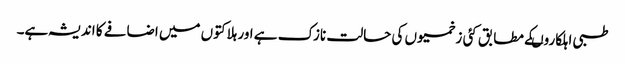
طبی اہلکاروںکے مطابق کئی زخمیوں کی حالت نازک ہے اور ہلاکتوں میں اضافے کا اندیشہ ہے۔